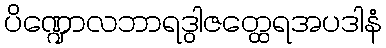
ပိဏ္ဍောလဘာရဒွါဇတ္ထေရအပဒါနံ